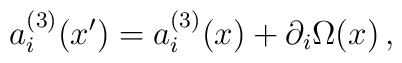
a_i^{(3)} (x')= a_i^{(3)} (x) + \partial_i \Omega (x)\,,